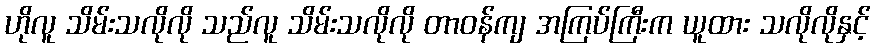
ဟိုလူ သိမ်းသလိုလို သည်လူ သိမ်းသလိုလို တာဝန်ကျ အကြပ်ကြီးက ယူထား သလိုလိုနှင့်